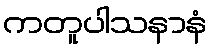
ကတူပါသနာနံ